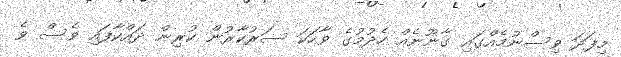
މިފަދަ ވިސްނުމެއްގައި ގާނޫނެއް ހެދުމުގެ ވާހަކަ ސަރުކާރުން ކުރިން ދައްކާފައި ވެސް ވެ